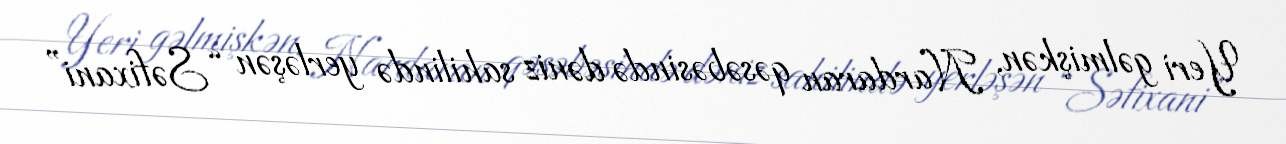
Yeri gəlmişkən, Nardaran qəsəbəsində dəniz sahilində yerləşən “Səfixani”